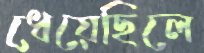
ধেয়েছিলে